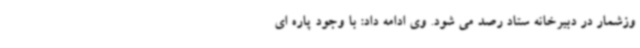
وزشمار در دبیرخانه ستاد رصد می شود. وی ادامه داد: با وجود پاره ای